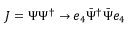
J = \Psi \Psi ^ { \dagger } \rightarrow e _ { 4 } \bar { \Psi } ^ { \dagger } \bar { \Psi } e _ { 4 }